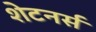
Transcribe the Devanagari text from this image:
शेटनर्स